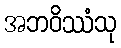
အဘဝိဿံသု